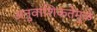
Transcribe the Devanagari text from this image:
अनुवांशिकतेमुळे